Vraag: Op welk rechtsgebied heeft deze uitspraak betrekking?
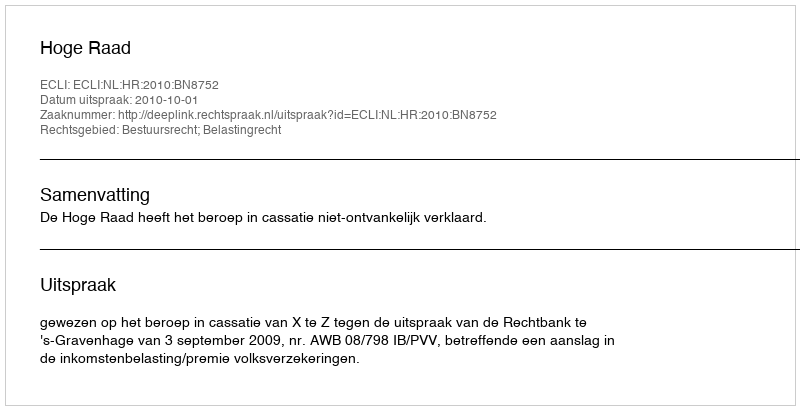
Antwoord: Bestuursrecht; Belastingrecht